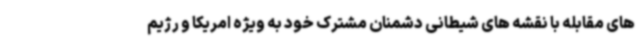
های مقابله با نقشه های شیطانی دشمنان مشترک خود به ویژه امریکا و رژیم